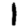
Digit: 1